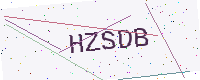
Text: HZSDB